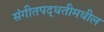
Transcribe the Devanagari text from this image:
संगीतपद्धतीमधील